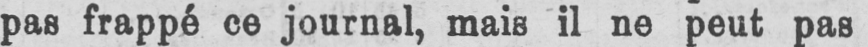
pas frappé ce journal, mais il ne peut pas